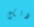
ذلك